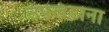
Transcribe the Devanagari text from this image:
उपखंडाना